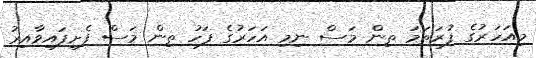
މިއަހަރުގެ ފުރަތަމަ ތިން މަސް ނިމި އަހަރުގެ ފަހު ތިން މަސް ފެށިފައިވާއިރު